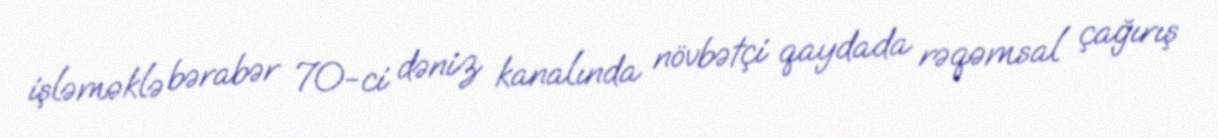
işləməklə bərabər 70-ci dəniz kanalında növbətçi qaydada rəqəmsal çağırış